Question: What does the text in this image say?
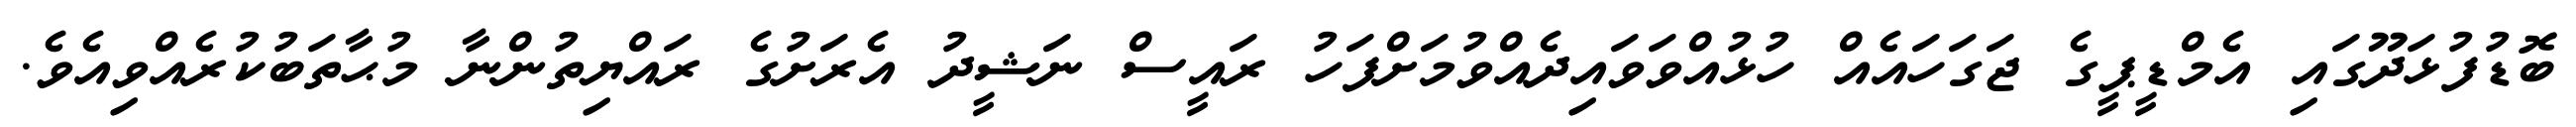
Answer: ބޮޑުފުޅަދޫގައި އެމްޑީޕީގެ ޖަގަހައެއް ހުޅުއްވަވައިދެއްވުމަށްފަހު ރައީސް ނަޝީދު އެރަށުގެ ރައްޔިތުންނާ މުޙާތަބުކުރެއްވިއެވެ.